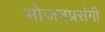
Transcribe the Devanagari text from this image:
भोजनप्रसंगी